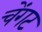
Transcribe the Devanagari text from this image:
चेंगट